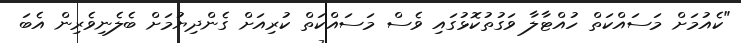
"ކެއުމަށް މަސައްކަތް ހުއްޓާލާ ވަގުތުކޮޅުގައި ވެސް މަސައްކަތް ކުރިއަށް ގެންދިޔުމަށް ބެލެނިވެރިން އެބަ